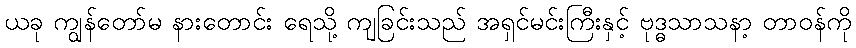
ယခု ကျွန်တော်မ နားတောင်း ရေသို့ ကျခြင်းသည် အရှင်မင်းကြီးနှင့် ဗုဒ္ဓသာသနာ့ တာဝန်ကို